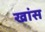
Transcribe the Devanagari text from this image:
खांस